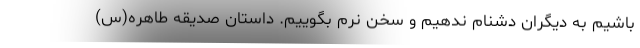
باشیم به دیگران دشنام ندهیم و سخن نرم بگوییم. داستان صدیقه طاهره(س)